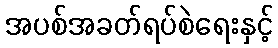
အပစ်အခတ်ရပ်စဲရေးနှင့်